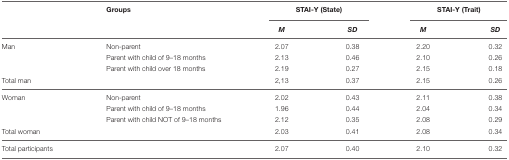
<table><thead><tr><td></td><td><b>Groups</b></td><td colspan="2"><b>STAI-Y (State)</b></td><td colspan="2"><b>STAI-Y (Trait)</b></td></tr><tr><td></td><td></td><td><b><i>M</i></b></td><td><b><i>SD</i></b></td><td><b><i>M</i></b></td><td><b><i>SD</i></b></td></tr></thead><tbody><tr><td>Man</td><td>Non-parent</td><td>2.07</td><td>0.38</td><td>2.20</td><td>0.32</td></tr><tr><td></td><td>Parent with child of 9–18 months</td><td>2.13</td><td>0.46</td><td>2.10</td><td>0.26</td></tr><tr><td></td><td>Parent with child over 18 months</td><td>2.19</td><td>0.27</td><td>2.15</td><td>0.18</td></tr><tr><td>Total man</td><td></td><td>2,13</td><td>0.37</td><td>2.15</td><td>0.26</td></tr><tr><td>Woman</td><td>Non-parent</td><td>2.02</td><td>0.43</td><td>2.11</td><td>0.38</td></tr><tr><td></td><td>Parent with child of 9–18 months</td><td>1.96</td><td>0.44</td><td>2.04</td><td>0.34</td></tr><tr><td></td><td>Parent with child NOT of 9–18 months</td><td>2.12</td><td>0.35</td><td>2.08</td><td>0.29</td></tr><tr><td>Total woman</td><td></td><td>2.03</td><td>0.41</td><td>2.08</td><td>0.34</td></tr><tr><td>Total participants</td><td></td><td>2.07</td><td>0.40</td><td>2.10</td><td>0.32</td></tr></tbody></table>